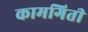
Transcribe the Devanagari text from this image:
कामगिती